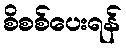
စိစစ်ပေးရန်